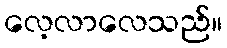
လေ့လာလေသည်။